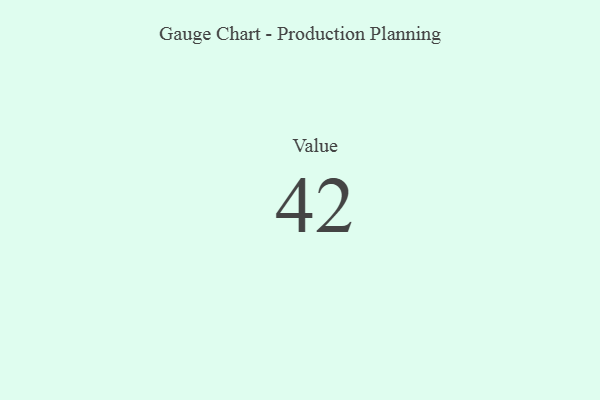
{"axis": {"x": "Metric", "y": "Value"}, "legend": [""], "data": [{"x": "Value", "y": 42, "type": ""}]}